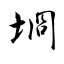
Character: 埛